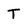
Character: T